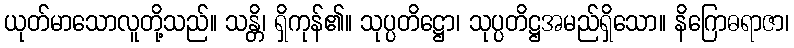
ယုတ်မာသောလူတို့သည်။ သန္တိ၊ ရှိကုန်၏။ သုပ္ပတိဋ္ဌော၊ သုပ္ပတိဋ္ဌအမည်ရှိသော။ နိဂြောဓရာဇာ၊